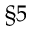
\S 5